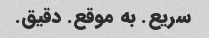
سریع. به موقع. دقیق.